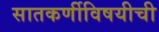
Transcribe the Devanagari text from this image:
सातकर्णीविषयीची